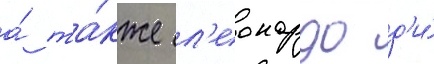
а́ та́кже л'еонардо д'и́